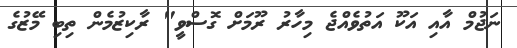
ނަޖުމް އާއި އަކޫ އަތުވެއްޖެ މިހާރު ރޫމަށް ގޮސްވީ" ރާކިޒުމެން ތިބި މޭޒުގެ